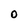
Character: O